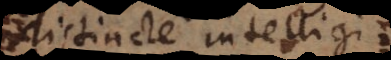
ncte intelligi